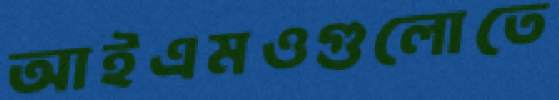
আইএমওগুলোতে